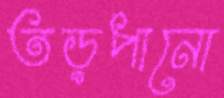
তড়পানো